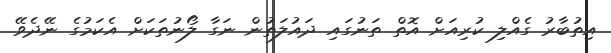
އިތުބާރު ގެއްލި ކުރިއަށް އޮތް ތަނުގައި ދައުލަތުން ނަގާ ލޯނުތަކަށް އެކަމުގެ ނޭދެވޭ